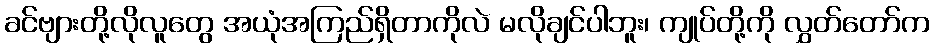
ခင်ဗျားတို့လိုလူတွေ အယုံအကြည်ရှိတာကိုလဲ မလိုချင်ပါဘူး၊ ကျုပ်တို့ကို လွှတ်တော်က